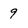
Character: 9